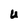
Character: U